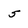
Character: 5